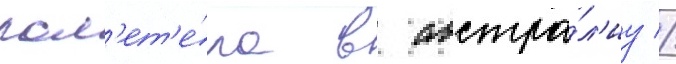
пол'ет'е́ла в австра́л'иу //